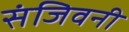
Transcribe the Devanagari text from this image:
संजिवनी